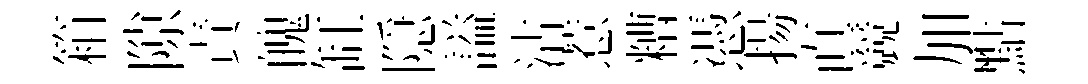
箱隙責魄缸隠謚沽惹糟憑揚直競加點